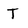
Character: T